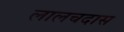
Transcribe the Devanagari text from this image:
लालचदास